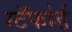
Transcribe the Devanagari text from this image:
स्टॅफोर्ड